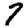
Digit: 7